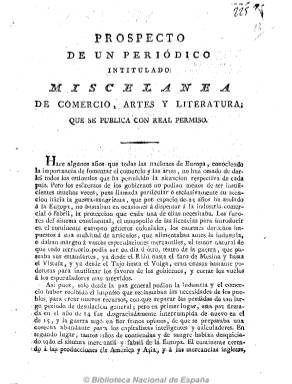
Título: Miscelánea de comercio, artes y literatura
Colección: Periódicos anteriores a 1850
Ámbito geográfico: Madrid
Lugar de publicación: Madrid
Fechas: 01/10/1819-31/05/1820

Otro de los escasos periódicos que son autorizados a publicarse durante el primer periodo absolutista fernandino, en este caso por el afrancesado Francisco Javier de Burgos (1778-1848), futuro ministro de Fomento (1833), del que fue director y principal redactor. Tras publicar su prospecto, empieza a estamparse en la imprenta madrileña de Repullés el uno de noviembre de 1819, con frecuencia trisemanal (lunes, miércoles y viernes), en números de cuatro páginas y a dos columnas, editando también algún suplemento, de dos páginas.

Al igual que Crónica científica y literaria, que desde 1817 venía publicando José Joaquín de Mora, Miscelánea… no podrá abordar cuestiones políticas y ofrecerá en sus páginas noticias, artículos y memorias, preferentemente de tipo económico y comercial (precio de los productos en provincias), de agricultura, estadística, literatura, etc., así como crítica artística y teatral, crónicas de Londres y París y de moda femenina y noticias de otras capitales europeas y de España, así como locales, llegando a tener una sección titulada “Crónica de la puerta del Sol”.

También saldrá, con “Real permiso”, de las prensas de Francisco Martínez Dávila, impresor de Cámara de S.M., y tras la firma de la Constitución doceañista por Fernando VII, el nueve de marzo de 1820, dará cabida a la información y los artículos de carácter político y doctrinal, siendo redactado con templanza y situándose en un liberalismo moderado.

Siguiendo la numeración, a partir del uno de junio de 1820 se convierte en diario, cambiando también su título a: Miscelánea de comercio, política y literatura.